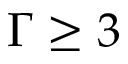
\Gamma \geq 3